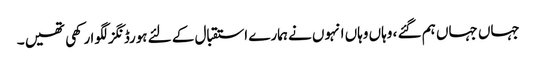
جہاں جہاں ہم گئے ، وہاں وہاں انہوں نے ہمارے استقبال کے لئے ہورڈنگز لگوا رکھی تھیں ۔